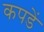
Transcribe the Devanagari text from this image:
कपडें